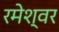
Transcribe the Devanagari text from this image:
रमेश्वर